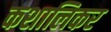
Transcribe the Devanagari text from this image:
कशालिकर